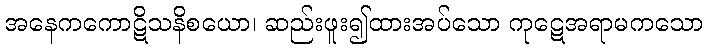
အနေကကောဋိသနိစယော၊ ဆည်းဖူး၍ထားအပ်သော ကုဋေအရာမကသော